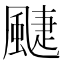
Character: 𩗳